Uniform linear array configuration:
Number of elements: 8
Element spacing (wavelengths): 0.5
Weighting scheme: blackman
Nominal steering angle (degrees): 15
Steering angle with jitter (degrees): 16.817
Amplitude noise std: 0.05
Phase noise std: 0.05

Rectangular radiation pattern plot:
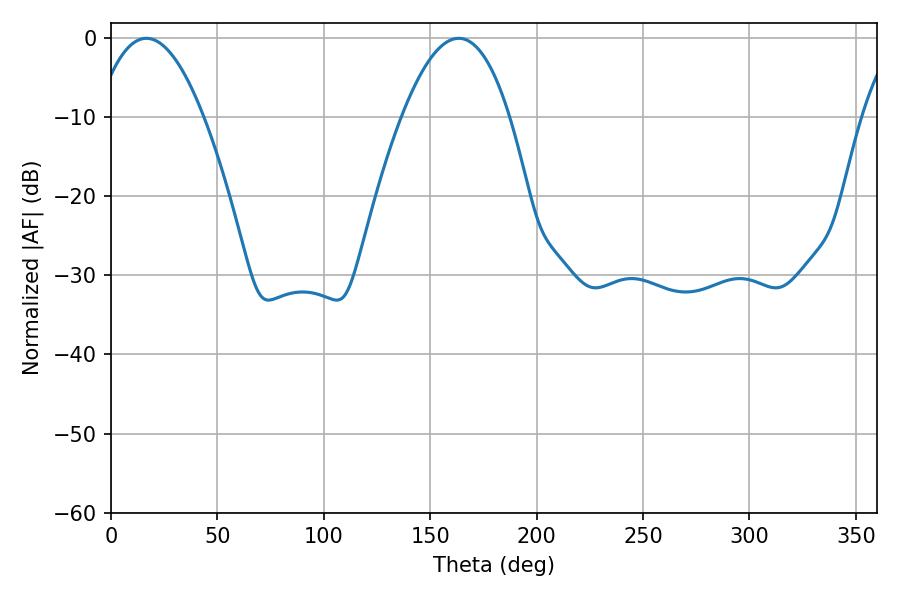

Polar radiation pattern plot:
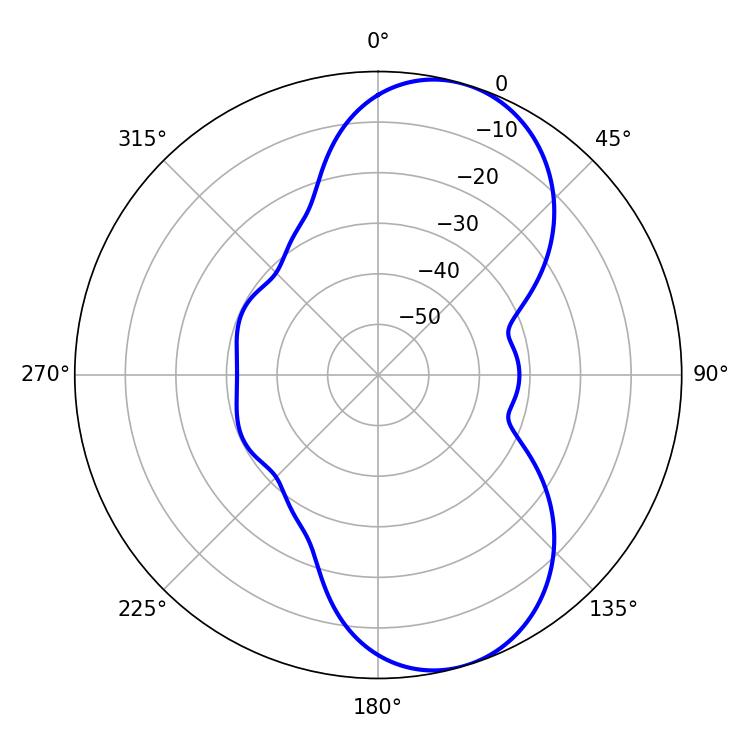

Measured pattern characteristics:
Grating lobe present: FALSE
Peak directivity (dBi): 8.145
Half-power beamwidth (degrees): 27.72
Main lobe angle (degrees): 16.56